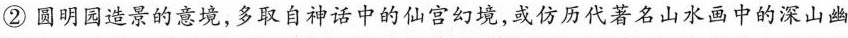
②圆明园造景的意境，多取自神话中的仙宫幻境，或仿历代著名山水画中的深山幽